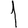
Digit: 1